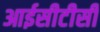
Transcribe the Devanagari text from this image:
आईसीटीसी